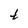
Character: t